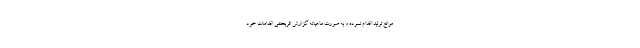
موانع تولید اقدام نموده و به صورت ماهیانه گزارش اثربخشی اقدامات خود